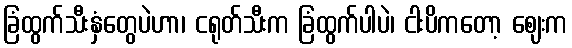
ခြံထွက်သီးနှံတွေပဲဟာ၊ ငရုတ်သီးက ခြံထွက်ပါပဲ၊ ငါးပိကတော့ ဈေးက